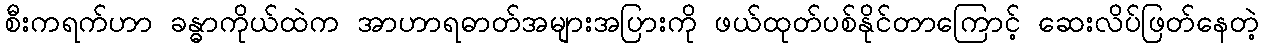
စီးကရက်ဟာ ခန္ဓာကိုယ်ထဲက အာဟာရဓာတ်အများအပြားကို ဖယ်ထုတ်ပစ်နိုင်တာကြောင့် ဆေးလိပ်ဖြတ်နေတဲ့